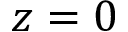
z = 0